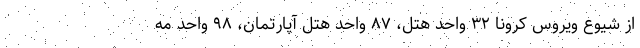
از شیوع ویروس کرونا ۳۲ واحد هتل، ۸۷ واحد هتل آپارتمان، ۹۸ واحد مه